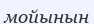
мойынын